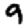
Digit: 9